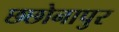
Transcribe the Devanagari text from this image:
छछोनापुर